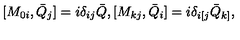
[ M _ { 0 i } , \bar { Q } _ { j } ] = i \delta _ { i j } \bar { Q } , [ M _ { k j } , \bar { Q } _ { i } ] = i \delta _ { i [ j } \bar { Q } _ { k ] } ,